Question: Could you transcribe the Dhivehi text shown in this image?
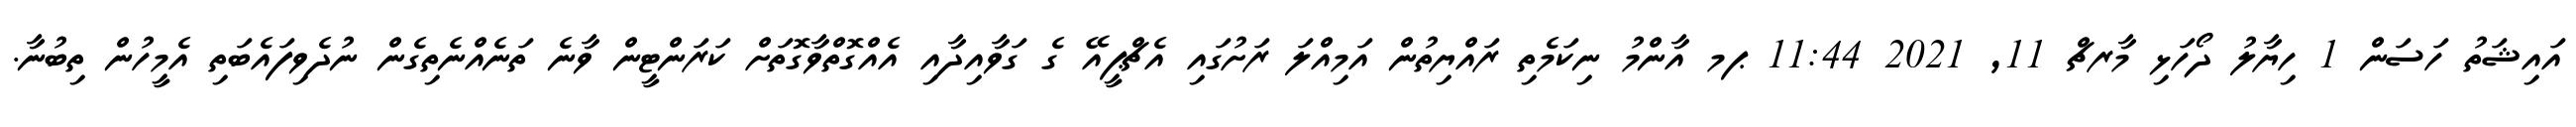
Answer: އައިޝަތު ހަސަން 1 ހިޔާލު ދޯހަޅި މާރޗް 11, 2021 11:44 ޕމ އާންމު ނިކަމެތި ރައްޔިތުން އަމިއްލަ ރަށުގައި އެޗްޕީއޭ ގެ ގަވާއިދާއި އެއްގޮތްވާގޮތަށް ކަރަންޓީން ވާނެ ތަނެއްނެތިގެން ނުދެވިފައެބަތި އެމީހުން ތިބުނާ.